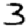
Digit: 3